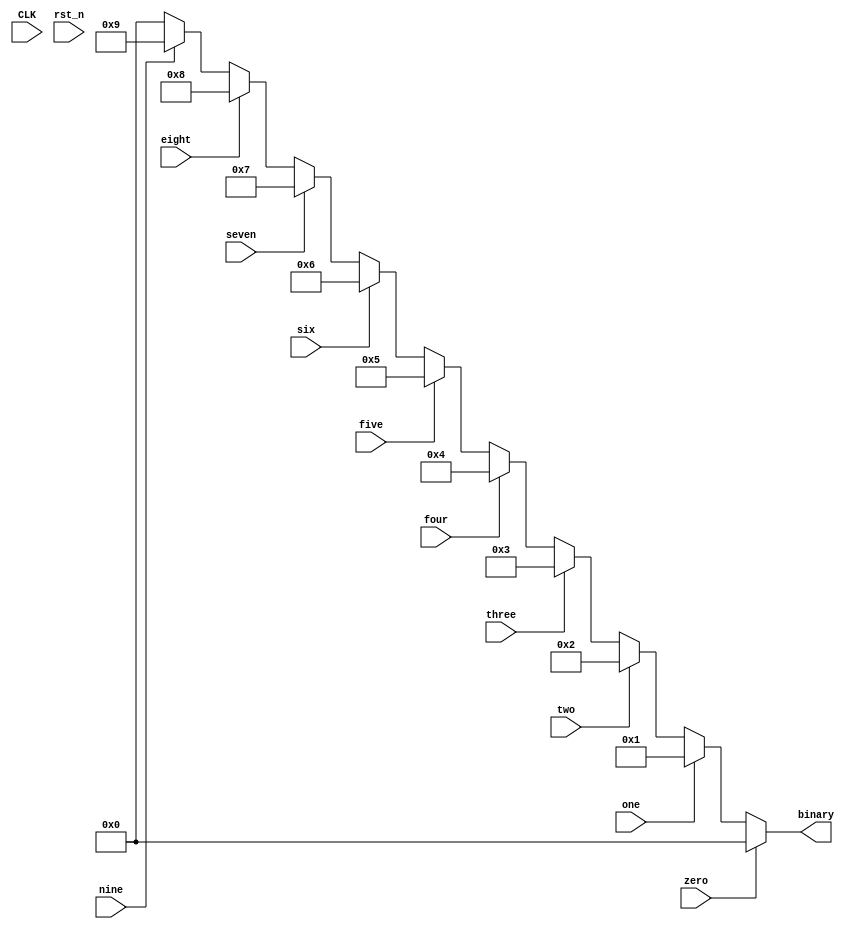
module decimal_to_binary(input wire CLK,
                         input wire rst_n,
                         input wire zero,
                         input wire one,
                         input wire two,
                         input wire three,
                         input wire four,
                         input wire five,
                         input wire six,
                         input wire seven,
                         input wire eight,
                         input wire nine,
                         output reg [3:0] binary);
    
    always @(*) begin
        binary                 = 4'b0000;
        if (zero) binary       = 4'b0000;
        else if (one) binary   = 4'b0001;
        else if (two) binary   = 4'b0010;
        else if (three) binary = 4'b0011;
        else if (four) binary  = 4'b0100;
        else if (five) binary  = 4'b0101;
        else if (six) binary   = 4'b0110;
        else if (seven) binary = 4'b0111;
        else if (eight) binary = 4'b1000;
        else if (nine) binary  = 4'b1001;
    end
    
endmodule